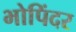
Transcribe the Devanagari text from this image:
भोपिंदर